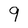
Character: 9